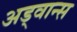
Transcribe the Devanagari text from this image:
अड्वान्स